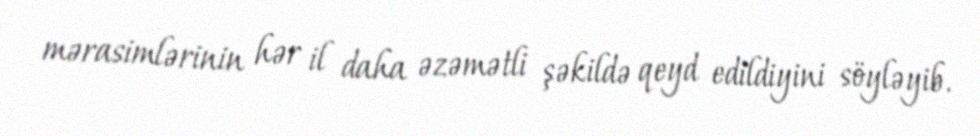
mərasimlərinin hər il daha əzəmətli şəkildə qeyd edildiyini söyləyib.